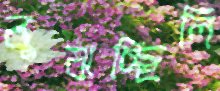
বুঝচ্ছিলি